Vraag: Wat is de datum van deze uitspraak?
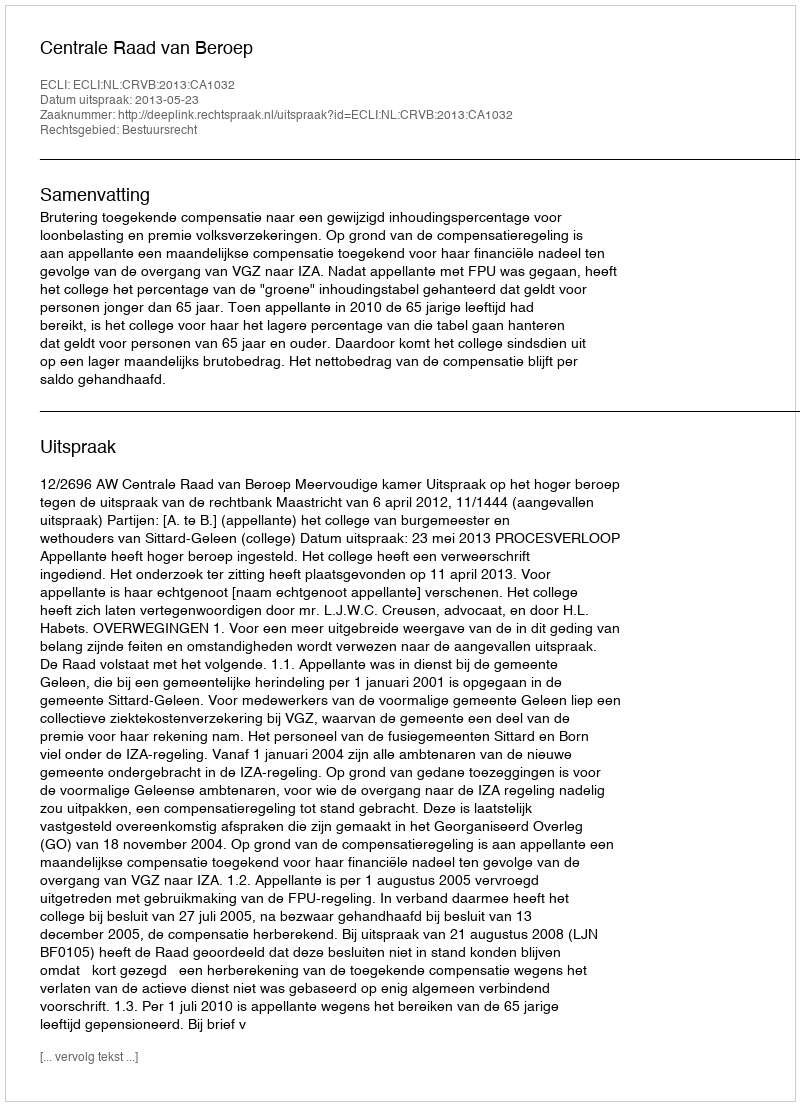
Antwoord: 2013-05-23